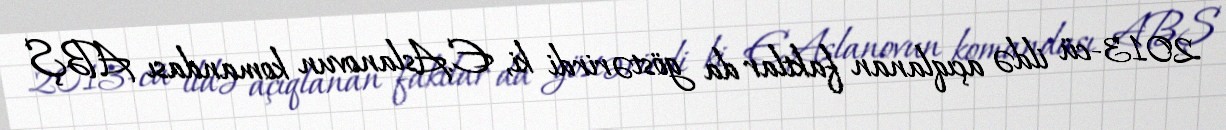
2013-cü ildə açıqlanan faktlar da göstərirdi ki, E.Aslanovun komandası ABŞ